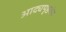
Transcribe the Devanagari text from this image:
आद्यपृष्ठवंश